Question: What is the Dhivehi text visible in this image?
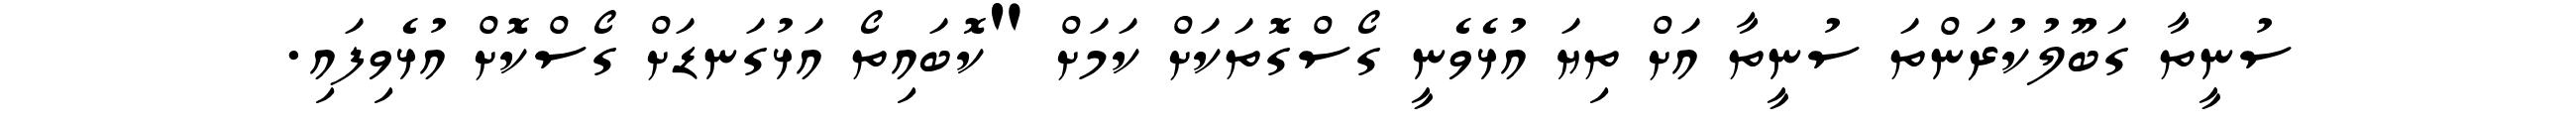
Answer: ސުނީތާ ގަބޫލުކުރަންތަ ސުނީތާ އަށް ތިޔަ އުޅެވެނީ ގޯސްގޮތަކަށް ކަމަށް "ކޮބައިތޯ އަޅުގަނޑަށް ގޯސްކޮށް އުޅެވިފައި.